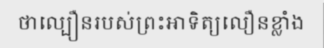
ថាល្បឿនរបស់ព្រះអាទិត្យលឿនខ្លាំង